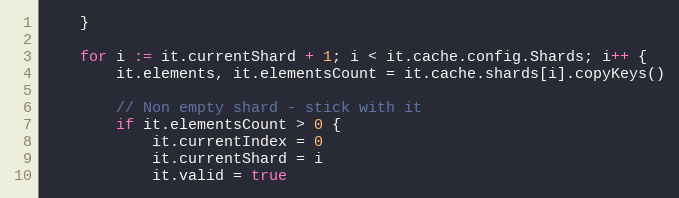
Language: Go
	}

	for i := it.currentShard + 1; i < it.cache.config.Shards; i++ {
		it.elements, it.elementsCount = it.cache.shards[i].copyKeys()

		// Non empty shard - stick with it
		if it.elementsCount > 0 {
			it.currentIndex = 0
			it.currentShard = i
			it.valid = true